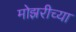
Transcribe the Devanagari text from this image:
मोझरीच्या